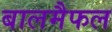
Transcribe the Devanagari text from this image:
बालमैफल